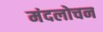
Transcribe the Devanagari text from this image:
मंदलोचन